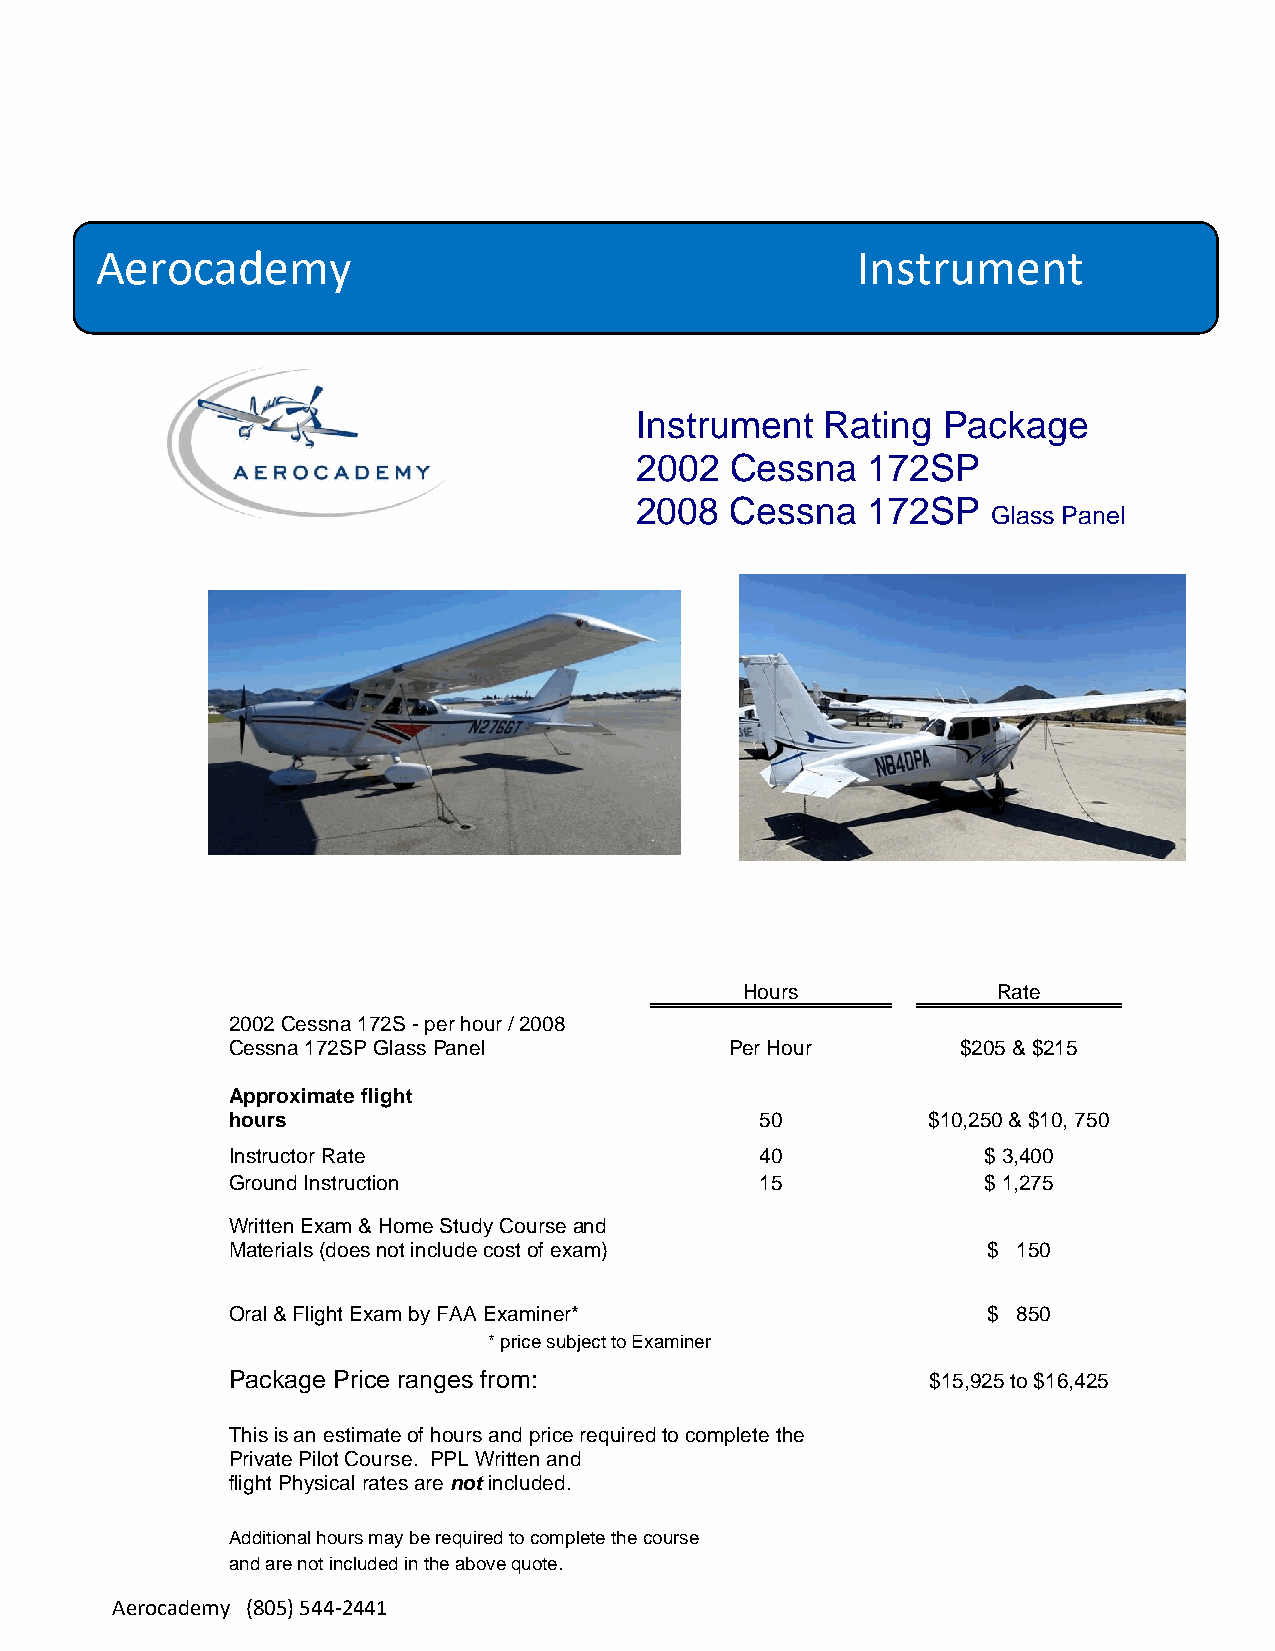
Aerocademy                                         Instrument
 Instrument   Rating Package
 2002  Cessna   172SP
 2008  Cessna   172SP
 Glass Panel
 Hours            Rate
 2002 Cessna 172S - per hour / 2008
 C essna 172SP Glass Panel        Per Hour        $205 & $215
 Approximate flight
 hours                              50         $10,250 & $10, 750
 Instructor Rate                    40             $ 3,400
 Ground Instruction                 15             $ 1,275
 Written Exam & Home Study Course and
 Materials (does not include cost of exam)         $ 150
 Oral & Flight Exam by FAA Examiner*               $ 850
 * price subject to Examiner
 Package Price ranges from:                     $15,925 to $16,425
 This is an estimate of hours and price required to complete the
 Private Pilot Course. PPL Written and
 flight Physical rates are not included.
 Additional hours may be required to complete the course
 and are not included in the above quote.
 Aerocademy (805) 544-2441